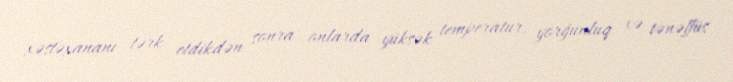
xəstəxananı tərk etdikdən sonra onlarda yüksək temperatur, yorğunluq və tənəffüs